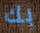
بك